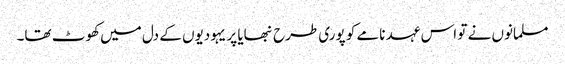
مسلمانوں نے تو اس عہد نامے کو پوری طرح نبھایا پر یہودیوں کے دل میں کھوٹ تھا۔